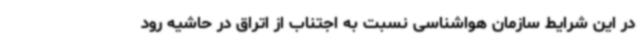
در این شرایط سازمان هواشناسی نسبت به اجتناب از اتراق در حاشیه رود